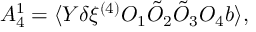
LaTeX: { \cal A } _ { 4 } ^ { 1 } = \langle Y \delta \xi ^ { ( 4 ) } { \cal O } _ { 1 } \tilde { { \cal O } } _ { 2 } \tilde { { \cal O } } _ { 3 } { \cal O } _ { 4 } b \rangle ,